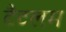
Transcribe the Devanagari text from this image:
टैटलम